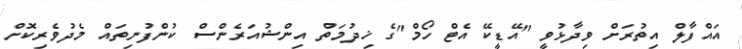
އައްފާލް އިތުރަށް ވިދާޅުވީ "އޭޑީކޭ އެޓް ހޯމް"ގެ ޚިދުމަތް އިންޝުއަރެންސް ކުންފުނިތައް މެދުވެރިކޮށް